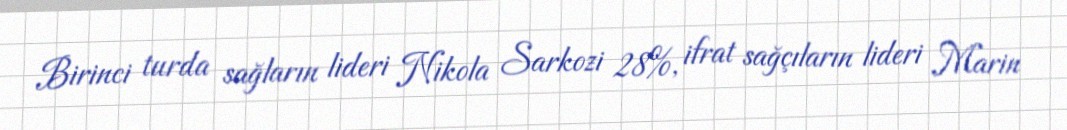
Birinci turda sağların lideri Nikola Sarkozi 28%, ifrat sağçıların lideri Marin